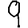
Digit: 9